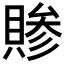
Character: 𬥞